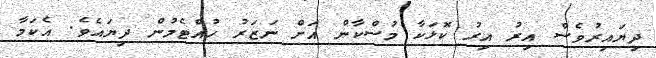
ދިޔައިރުވެސް އިރު އިރު ކޮޅަކާ މުސްކާން އަށް ނަޒަރު ހުއްޓެމުން ދިޔައެވެ. އެކަމާ